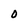
Character: O